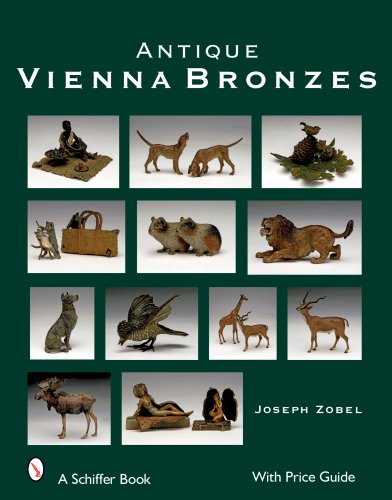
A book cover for Antique Vienna Bronzes (Schiffer Book); Joseph Zobel; Crafts, Hobbies & Home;